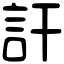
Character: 訐